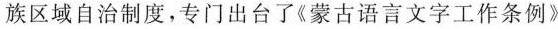
族区域自治制度，专门出台了《蒙古语言文字工作条例》